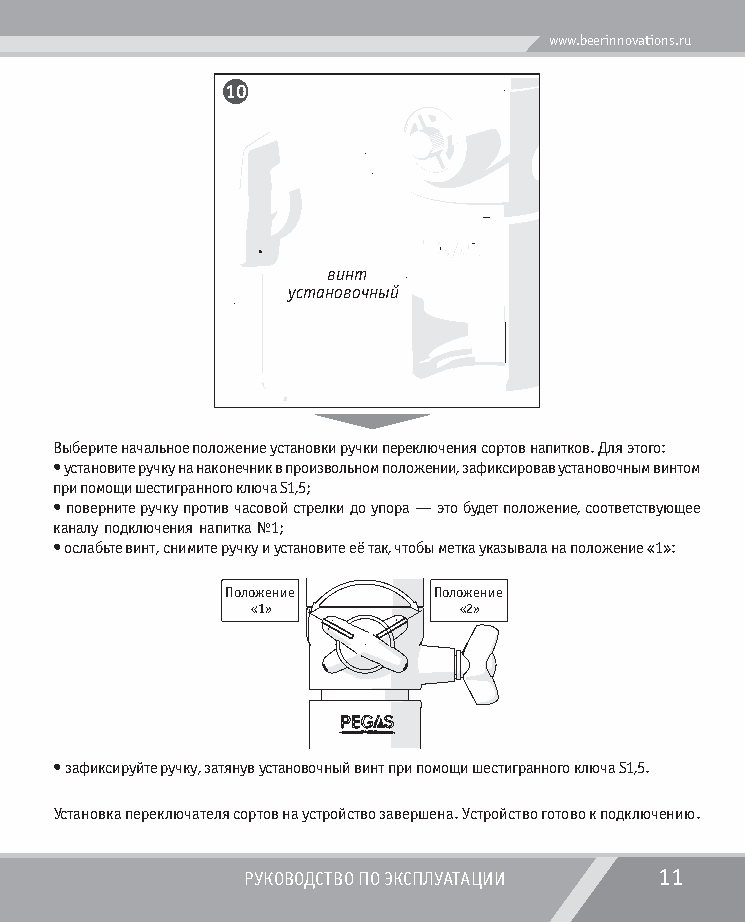
www.beerinnovations.ru
 10
 âèíò
 óñòàíîâî÷íûé
 Выберите начальное положение установки ручки переключения сортов напитков. Для этого:
 • установите ручку на наконечник в произвольном положении, зафиксировав установочным винтом
 при помощи шестигранного ключа S1,5;
 • поверните ручку против часовой стрелки до упора — это будет положение, соответствующее
 каналу подключения напитка №1;
 • ослабьте винт, снимите ручку и установите её так, чтобы метка указывала на положение «1»:
 Ïîëîæåíèå     Ïîëîæåíèå
 «1»          «2»
 • зафиксируйте ручку, затянув установочный винт при помощи шестигранного ключа S1,5.
 Установка переключателя сортов на устройство завершена. Устройство готово к подключению.
 РУКОВОДСТВО ПО ЭКСПЛУАТАЦИИ 11